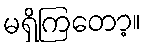
မရှိကြတော့။